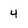
Character: 4